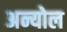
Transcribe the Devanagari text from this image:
अन्योल